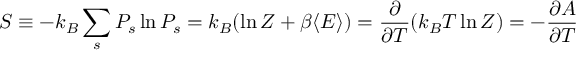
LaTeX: S \equiv - k _ { B } \sum _ { s } P _ { s } \ln P _ { s } = k _ { B } ( \ln Z + \beta \langle E \rangle ) = { \frac { \partial } { \partial T } } ( k _ { B } T \ln Z ) = - { \frac { \partial A } { \partial T } }